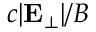
c | { \bf E } _ { \bot } | / B